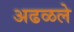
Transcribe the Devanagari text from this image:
अढळले